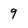
Character: 9